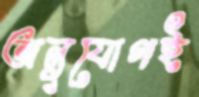
অনুযোগই